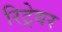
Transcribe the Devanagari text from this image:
रिट्रेवर